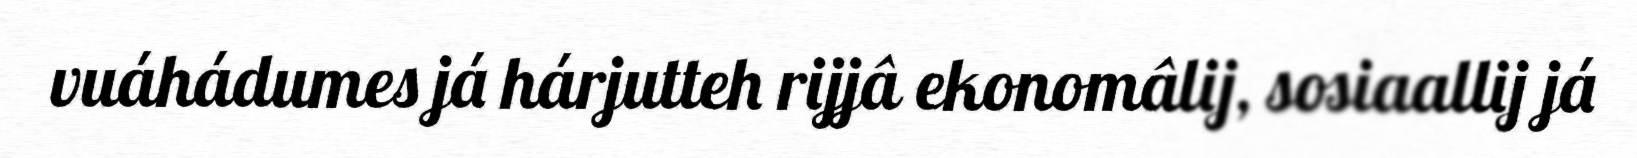
vuáhádumes já hárjutteh rijjâ ekonomâlij, sosiaallij já